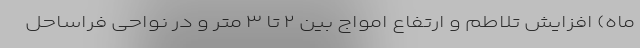
ماه) افزایش تلاطم و ارتفاع امواج بین ۲ تا ۳ متر و در نواحی فراساحل